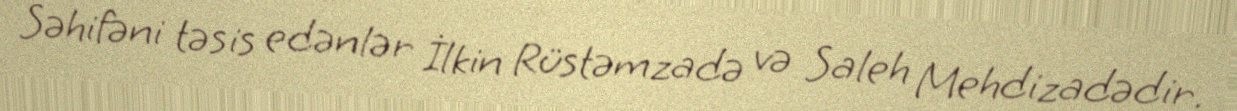
Səhifəni təsis edənlər İlkin Rüstəmzadə və Saleh Mehdizadədir.